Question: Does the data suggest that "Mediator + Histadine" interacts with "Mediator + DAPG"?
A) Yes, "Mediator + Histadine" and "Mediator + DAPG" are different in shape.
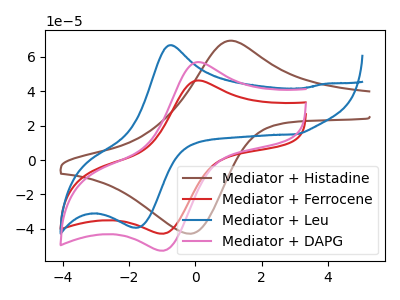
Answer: <think>The brown curve "Mediator + Histadine" has an anodic peak at (1.10V, 69.40uA) and a cathodic peak at (-0.20V, -42.80uA). The red curve "Mediator + Ferrocene" has an anodic peak at (0.10V, 46.30uA) and a cathodic peak at (-1.00V, -42.85uA). The blue curve "Mediator + Leu" has an anodic peak at (-0.75V, 66.85uA) and a cathodic peak at (-1.75V, -39.30uA). The pink curve "Mediator + DAPG" has an anodic peak at (0.10V, 57.00uA) and a cathodic peak at (-1.00V, -52.75uA).
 "Mediator + Histadine" and "Mediator + DAPG" have at least one peak that do not match.</think>
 <answer>A) Yes, "Mediator + Histadine" and "Mediator + DAPG" are different in shape.</answer>
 <eval>A</eval>